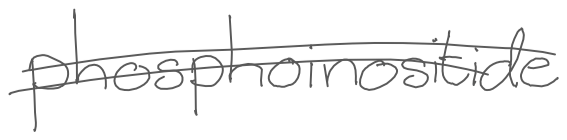
Text: phosphoinositide
Cross-out: double-line
Writing tool: digital_gray